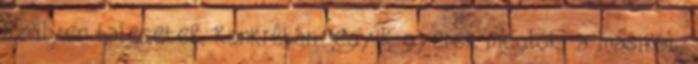
az ilyen balesetek, konkrétan: egyik gyerek meglöki a másikat,